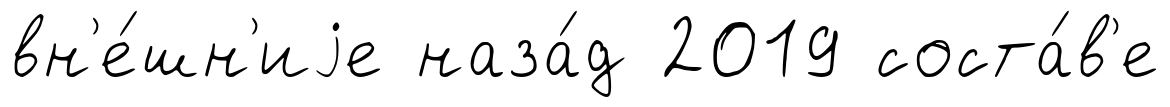
вн'е́шн'иjе наза́д 2019 соста́в'е